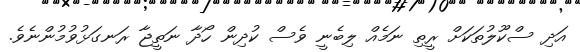
އަދި ސްކޫލުތަކަށް ރީތި ނަމެެއް ލިބެނީ ވެސް ކުދިން ހޯދާ ނަތީޖާ ރަނގަޅުވުމުންނެވެ.